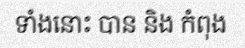
ទាំងនោះ បាន និង កំពុង